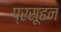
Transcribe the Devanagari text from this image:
प्रसूहन